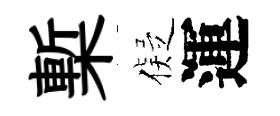
槧儗運